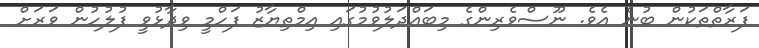
ފަރާތްތަކުން ބުނެ އެވެ. ނޫސްވެރިންގެ މިބައްދަލުވުމުގައި އިމްތިޔާޒު ފަހްމީ ވިދާޅުވީ ފުލުހުން ވަރަށް